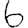
Digit: 6